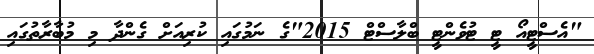
"އެސްޓީއޯ ޓީ ޓުވެންޓީ ބްލާސްޓް 2015"ގެ ނަމުގައި ކުރިއަށް ގެންދާ މި މުބާރާތުގައި